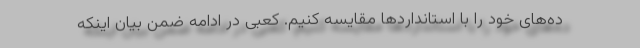
ده‌های خود را با استانداردها مقایسه کنیم. کعبی در ادامه ضمن بیان اینکه